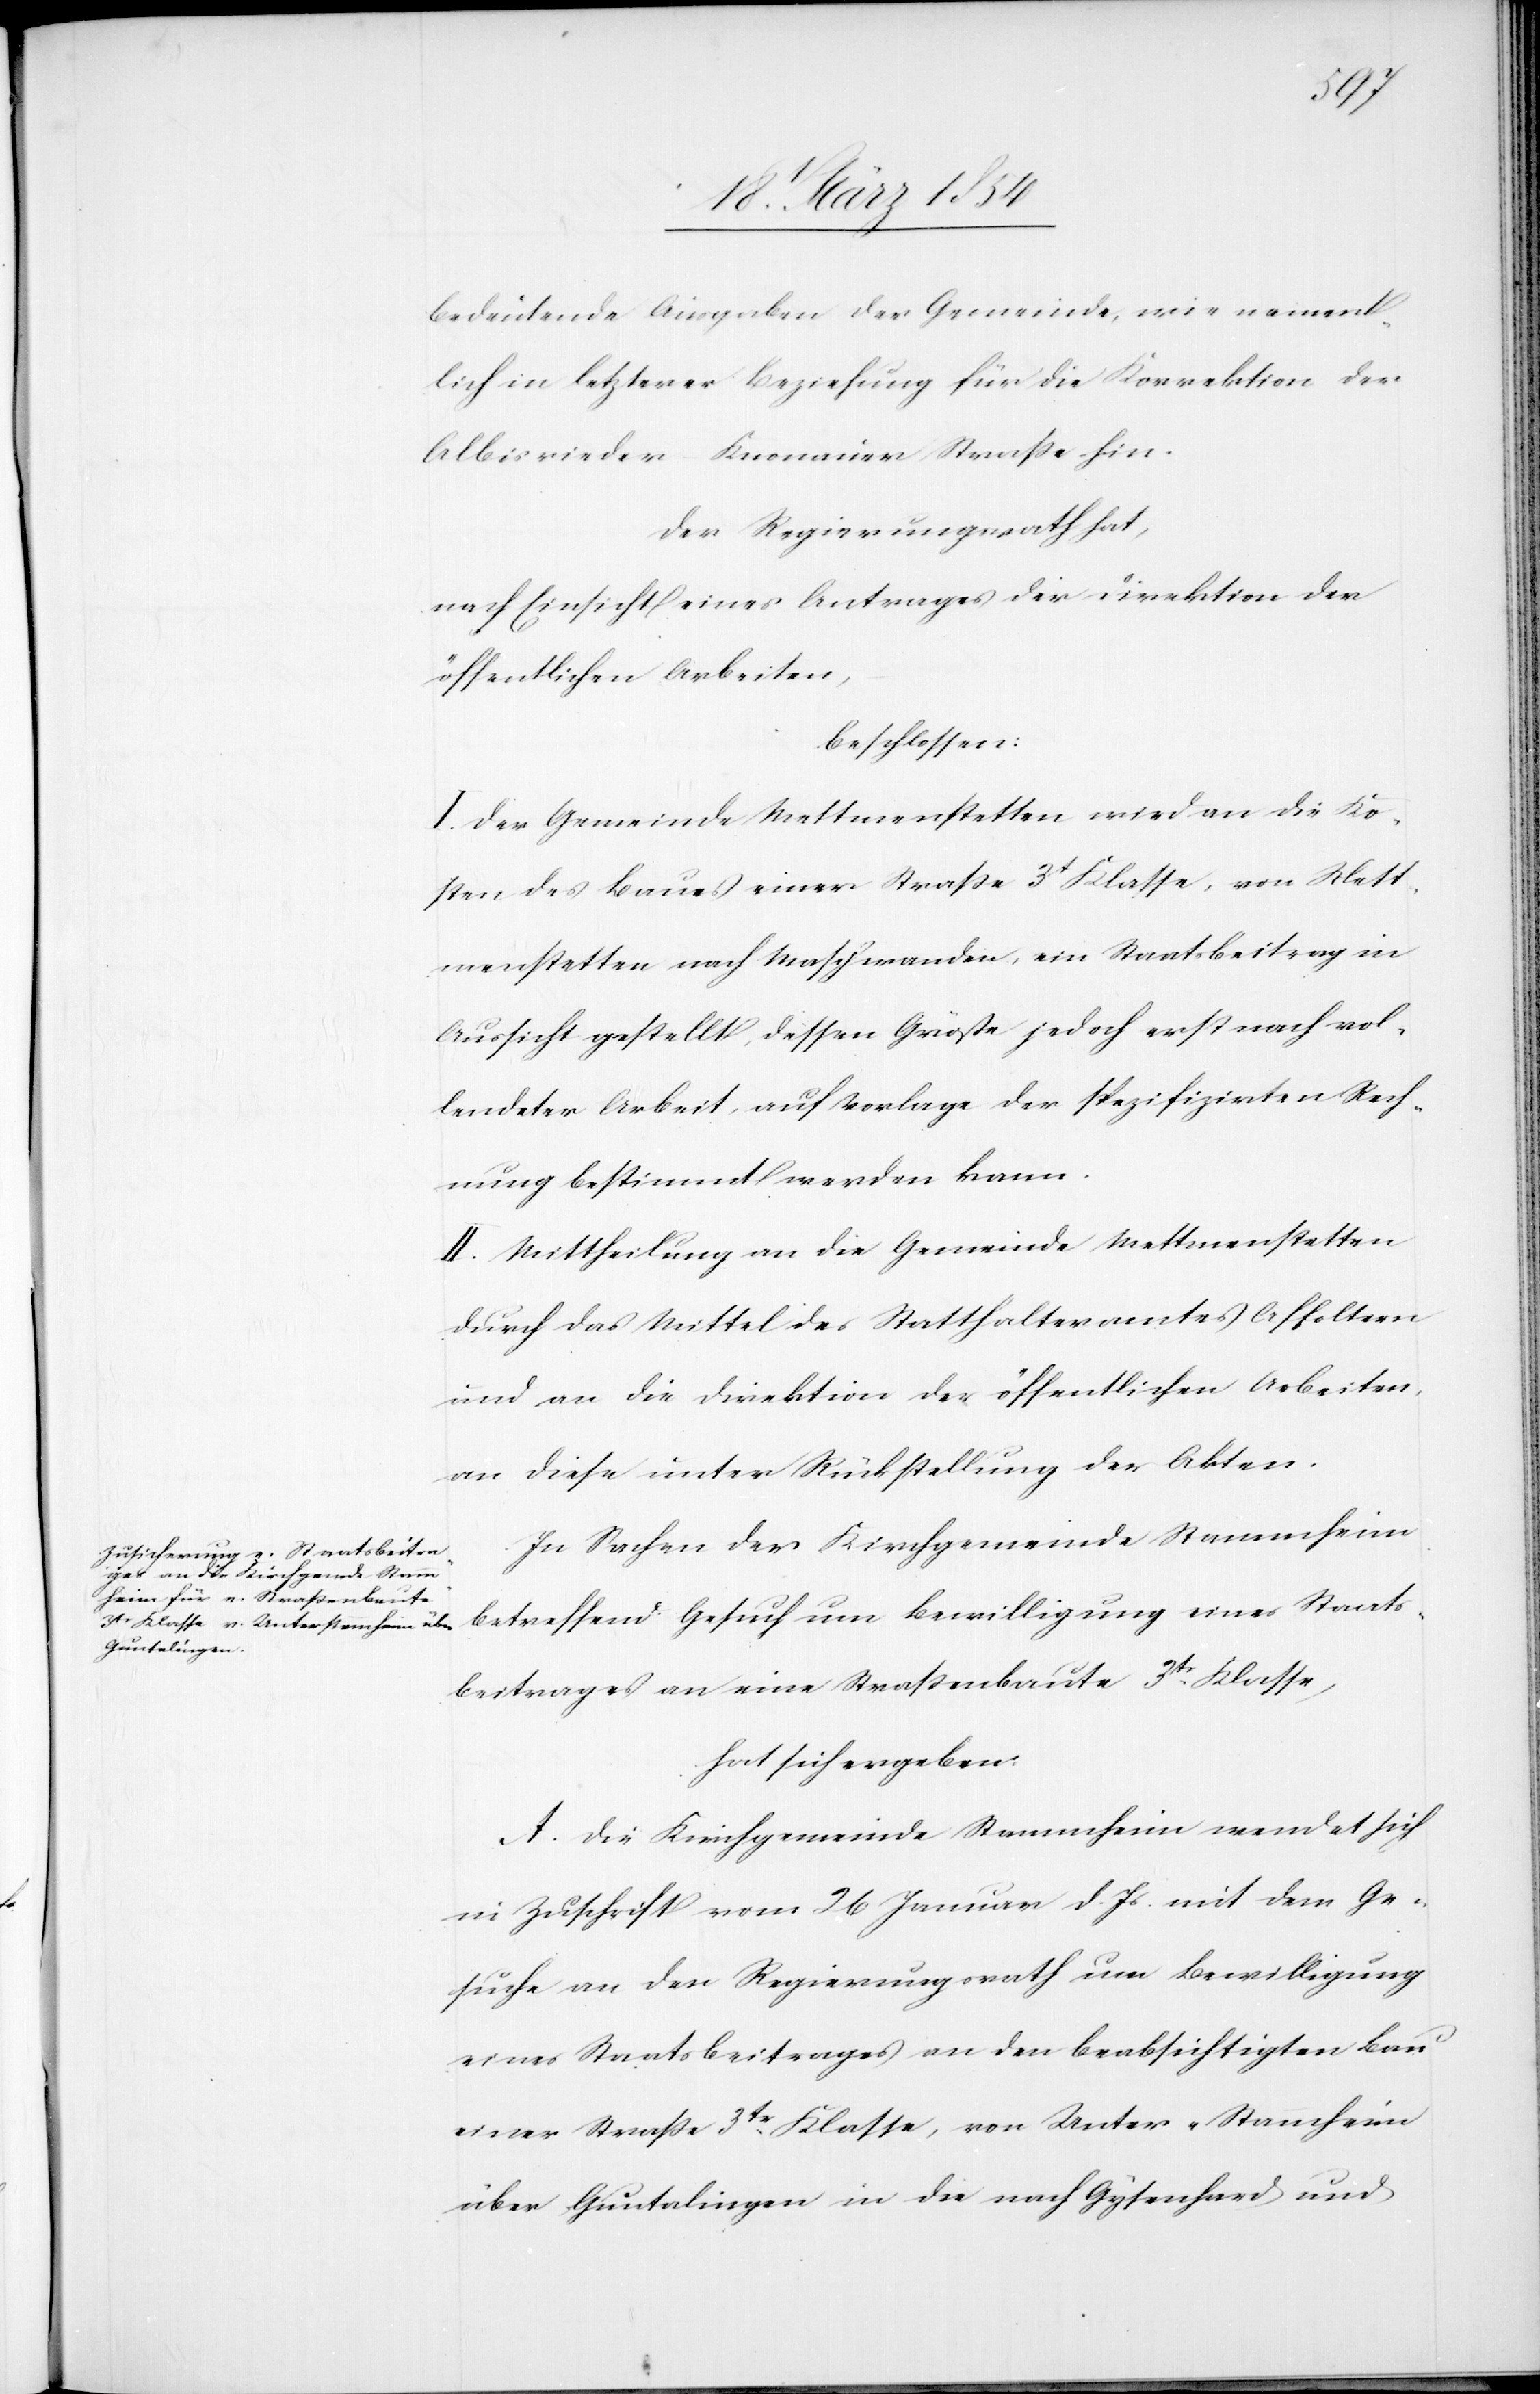
bedeutende Ausgaben der Gemeinde, wie nament¬
lich in letzterer Beziehung für die Korrektion der
Albisrieder-Knonauer Straße hin.
Der Regierungsrath hat,
nach Einsicht eines Antrages der Direktion der
öffentlichen Arbeiten,
beschlossen:
I. Der Gemeinde Mettmenstetten wird an die Ko¬
sten des Baues einer Straße 3t Klasse, von Mett¬
menstetten nach Maschwanden, ein Staatsbeitrag in
Aussicht gestellt, dessen Größe jedoch erst nach vol¬
lendeter Arbeit, auf Vorlage der spezifizirten Rech¬
nung bestimmt werden kann.
II. Mittheilung an die Gemeinde Mettmenstetten
durch das Mittel des Statthalteramtes Affoltern
und an die Direktion der öffentlichen Arbeiten,
an diese unter Rückstellung der Akten.
In Sachen der Kirchgemeinde Stammheim
betreffend Gesuch um Bewilligung eines Staats¬
beitrages an eine Straßenbaute 3tr Klasse,
hat sich ergeben:
A. Die Kirchgemeinde Stammheim wendet sich
in Zuschrift vom 26 Januar d. Js. mit dem Ge¬
suche an den Regierungsrath um Bewilligung
eines Staatsbeitrages an den beabsichtigten Bau
einer Straße 3tr Klasse, von Unter-Stammheim
über Guntalingen in die nach Gysenhard und